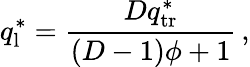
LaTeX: q_{\mathrm{l}}^{*}=\frac{Dq_{\mathrm{tr}}^{*}}{\left(D-1\right)\phi+1}\, ,